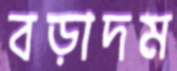
বড়াদম